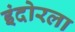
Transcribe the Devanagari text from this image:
इंदोरला